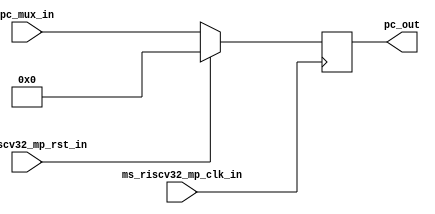
module msrv32_reg_block(input ms_riscv32_mp_rst_in,
input ms_riscv32_mp_clk_in,
input [31:0] pc_mux_in,
output reg[31:0] pc_out);


always @(posedge ms_riscv32_mp_clk_in) begin
if(ms_riscv32_mp_rst_in)
pc_out <= 32'd0;
else
pc_out <= pc_mux_in;
end
endmodule